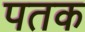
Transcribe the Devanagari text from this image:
पतक